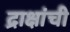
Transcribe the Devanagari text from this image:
द्राक्षांची